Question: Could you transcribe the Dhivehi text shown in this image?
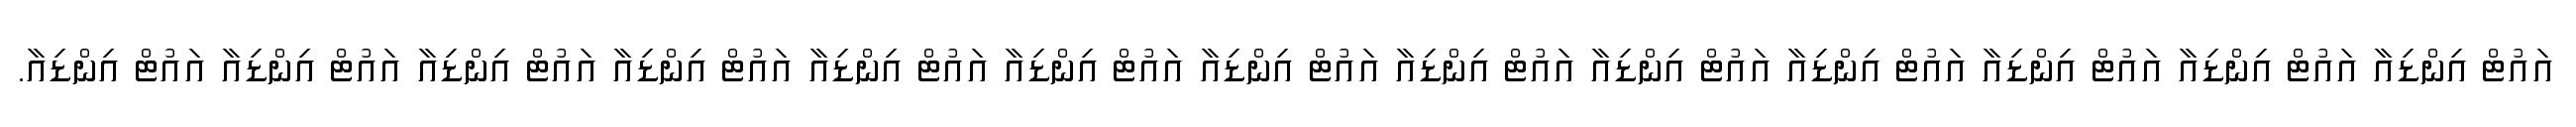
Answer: އައުޓް އިންޑިއާ އައުޓް އިންޑިއާ އައުޓް އިންޑިއާ އައުޓް އިންޑިއާ އައުޓް އިންޑިއާ އައުޓް އިންޑިއާ އައުޓް އިންޑިއާ އައުޓް އިންޑިއާ އައުޓް އިންޑިއާ އައުޓް އިންޑިއާ އައުޓް އިންޑިއާ އައުޓް އިންޑިއާ އައުޓް އިންޑިއާ.